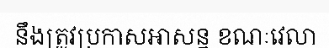
នឹងត្រូវប្រកាសអាសន្ន ខណៈវេលា